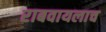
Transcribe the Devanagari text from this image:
राबवायलाच